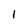
Character: l